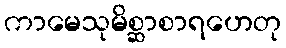
ကာမေသုမိစ္ဆာစာရဟေတု